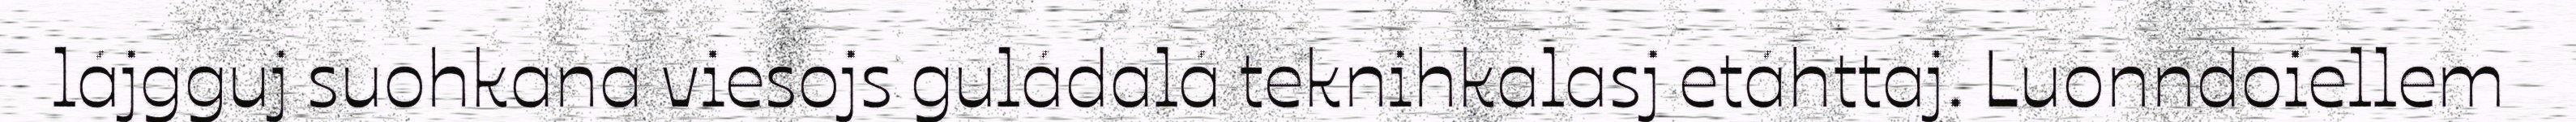
lájgguj suohkana viesojs guládalá teknihkalasj etáhttaj. Luonndoiellem